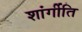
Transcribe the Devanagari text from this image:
शांर्गीति